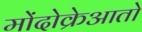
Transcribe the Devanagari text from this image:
मोंदोक्रेआतो